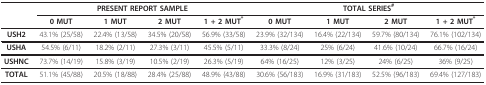
<table><thead><tr><td></td><td colspan="4"><b>PRESENT REPORT SAMPLE</b></td><td colspan="4"><b>TOTAL SERIES<sup>#</sup></b></td></tr><tr><td></td><td><b>0 MUT</b></td><td><b>1 MUT</b></td><td><b>2 MUT</b></td><td><b>1 + 2 MUT<sup>*</sup></b></td><td><b>0 MUT</b></td><td><b>1 MUT</b></td><td><b>2 MUT</b></td><td><b>1 + 2 MUT<sup>*</sup></b></td></tr></thead><tbody><tr><td><b>USH2</b></td><td>43.1% (25/58)</td><td>22.4% (13/58)</td><td>34.5% (20/58)</td><td>56.9% (33/58)</td><td>23.9% (32/134)</td><td>16.4% (22/134)</td><td>59.7% (80/134)</td><td>76.1% (102/134)</td></tr><tr><td><b>USHA</b></td><td>54.5% (6/11)</td><td>18.2% (2/11)</td><td>27.3% (3/11)</td><td>45.5% (5/11)</td><td>33.3% (8/24)</td><td>25% (6/24)</td><td>41.6% (10/24)</td><td>66.7% (16/24)</td></tr><tr><td><b>USHNC</b></td><td>73.7% (14/19)</td><td>15.8% (3/19)</td><td>10.5% (2/19)</td><td>26.3% (5/19)</td><td>64% (16/25)</td><td>12% (3/25)</td><td>24% (6/25)</td><td>36% (9/25)</td></tr><tr><td><b>TOTAL</b></td><td>51.1% (45/88)</td><td>20.5% (18/88)</td><td>28.4% (25/88)</td><td>48.9% (43/88)</td><td>30.6% (56/183)</td><td>16.9% (31/183)</td><td>52.5% (96/183)</td><td>69.4% (127/183)</td></tr></tbody></table>